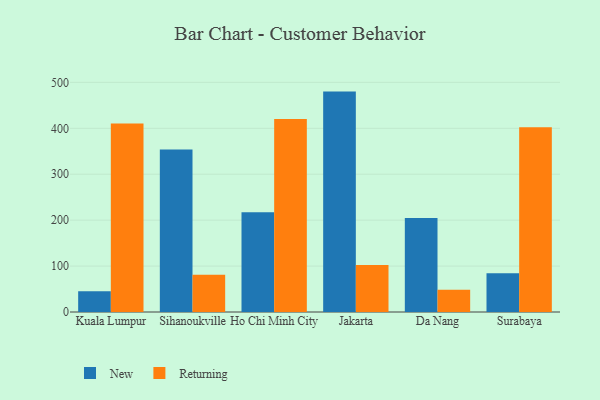
{"axis": {"x": "City", "y": "Page Views"}, "legend": ["New", "Returning"], "data": [{"x": "Kuala Lumpur", "y": 45.1, "type": "New"}, {"x": "Kuala Lumpur", "y": 410.2, "type": "Returning"}, {"x": "Sihanoukville", "y": 353.7, "type": "New"}, {"x": "Sihanoukville", "y": 81.0, "type": "Returning"}, {"x": "Ho Chi Minh City", "y": 217.4, "type": "New"}, {"x": "Ho Chi Minh City", "y": 420.1, "type": "Returning"}, {"x": "Jakarta", "y": 479.9, "type": "New"}, {"x": "Jakarta", "y": 102.2, "type": "Returning"}, {"x": "Da Nang", "y": 204.8, "type": "New"}, {"x": "Da Nang", "y": 48.6, "type": "Returning"}, {"x": "Surabaya", "y": 84.5, "type": "New"}, {"x": "Surabaya", "y": 402.1, "type": "Returning"}]}